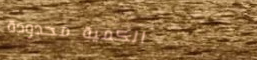
الكمية محدودة